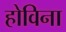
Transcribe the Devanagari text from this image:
होविना